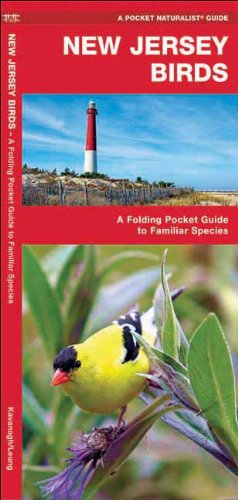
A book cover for New Jersey Birds: A Folding Pocket Guide to Familiar Species (Pocket Naturalist Guide Series); James Kavanagh; Travel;